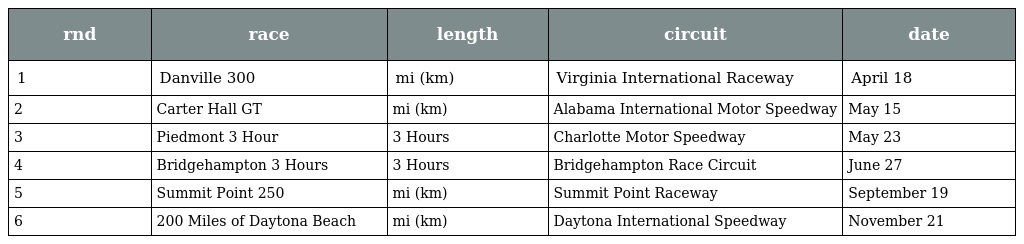
| rnd | race | length | circuit | date |
 | --- | --- | --- | --- | --- |
 | 1 | Danville 300 | mi (km) | Virginia International Raceway | April 18 |
 | 2 | Carter Hall GT | mi (km) | Alabama International Motor Speedway | May 15 |
 | 3 | Piedmont 3 Hour | 3 Hours | Charlotte Motor Speedway | May 23 |
 | 4 | Bridgehampton 3 Hours | 3 Hours | Bridgehampton Race Circuit | June 27 |
 | 5 | Summit Point 250 | mi (km) | Summit Point Raceway | September 19 |
 | 6 | 200 Miles of Daytona Beach | mi (km) | Daytona International Speedway | November 21 |